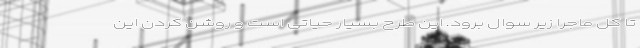
تا کل ماجرا زیر سوال برود. این طرح بسیار حیاتی است و روشن کردن این